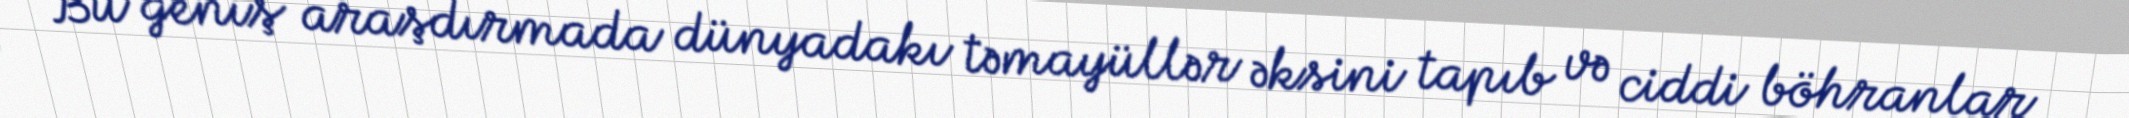
Bu geniş araşdırmada dünyadakı təmayüllər əksini tapıb və ciddi böhranlar